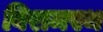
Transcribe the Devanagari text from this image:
विरामस्थ